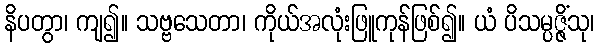
နိပတွာ၊ ကျ၍။ သဗ္ဗသေတာ၊ ကိုယ်အလုံးဖြူကုန်ဖြစ်၍။ ယံ ပိသမ္ပဇ္ဇိံသု၊